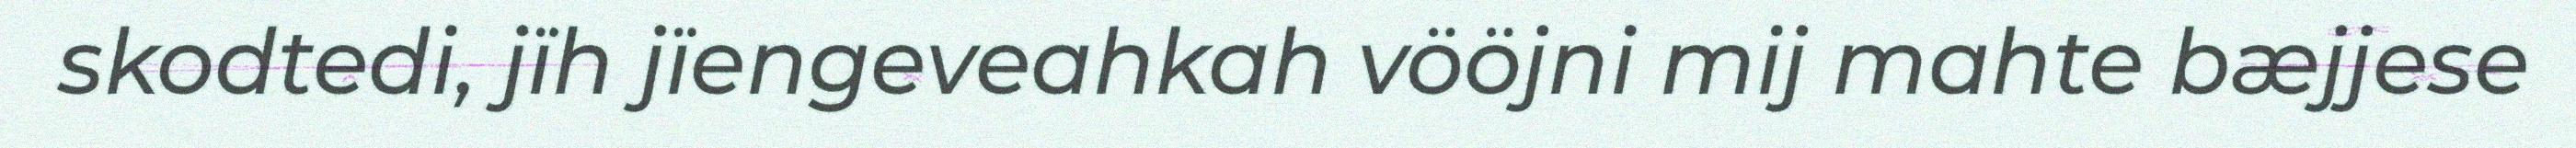
skodtedi, jïh jïengeveahkah vööjni mij mahte bæjjese